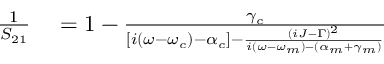
\begin{array} { r l } { \frac { 1 } { S _ { 2 1 } } } & { { } = 1 - \frac { \gamma _ { c } } { [ i ( \omega - \omega _ { c } ) - \alpha _ { c } ] - \frac { ( i J - \Gamma ) ^ { 2 } } { i ( \omega - \omega _ { m } ) - ( \alpha _ { m } + \gamma _ { m } ) } } } \end{array}